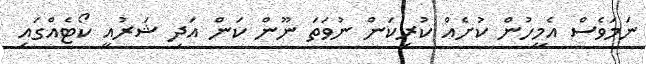
ނަމަވެސް އެމީހުން ކުށެއް ކުރިކަން ނުވަތަ ނޫން ކަން އަދި ޝަރުއީ ކޯޓެއްގައި